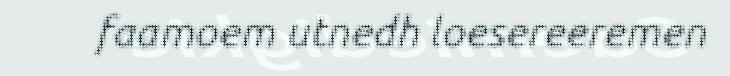
faamoem utnedh loesereeremen